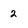
Character: 2